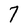
Character: 7